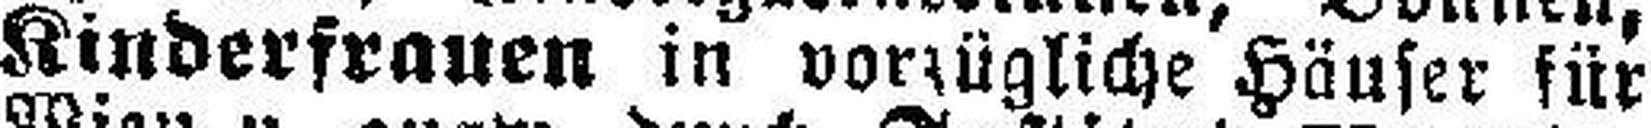
Kinderfrauen in vorzügliche Häuser für